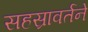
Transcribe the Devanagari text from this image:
सहस्रावर्तने